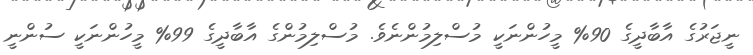
ނީޖަރުގެ އާބާދީގެ 90% މީހުންނަކީ މުސްލިމުންނެވެ. މުސްލިމުންގެ އާބާދީގެ 99% މީހުންނަކީ ސުންނީ